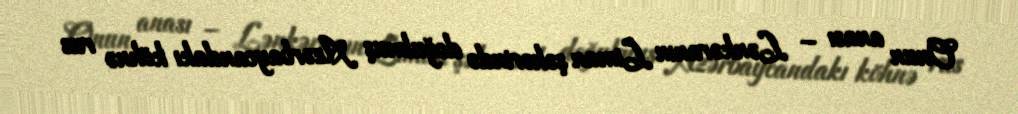
Onun anası – Lənkəranın Liman şəhərində doğulmuş Azərbaycandakı köhnə rus